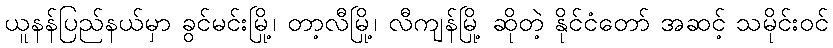
ယူနန်ပြည်နယ်မှာ ခွင်မင်းမြို့၊ တာ့လီမြို့၊ လီကျန်မြို့ ဆိုတဲ့ နိုင်ငံတော် အဆင့် သမိုင်းဝင်